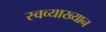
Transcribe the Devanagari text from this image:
स्वव्याख्यान